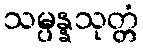
သမ္ပန္နသုတ္တံ